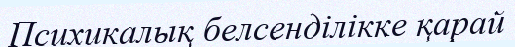
Психикалық белсенділікке қарай